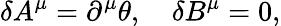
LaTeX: \delta A^{\mu}=\partial^{\mu}\theta,\quad\delta B^{\mu}=0,